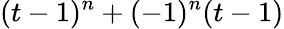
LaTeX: (t-1)^{n}+(-1)^{n}(t-1)